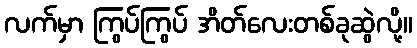
လက်မှာ ကြွပ်ကြွပ် အိတ်လေးတစ်ခုဆွဲလို့။